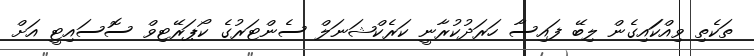
ތަކެތި ވިއްކަައިގެން ލިބޭ ފައިސާ ހަރަދުކުރާނީ ކަރެކްޝަނަލް ސެންޓަރުގެ ކޯޕަރޭޓިވް ސޮސައިޓީ އަށް